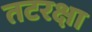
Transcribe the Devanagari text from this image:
तटरक्षा